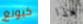
كيونغ هذا